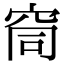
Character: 䆚